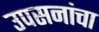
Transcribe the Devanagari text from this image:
उपसनांचा